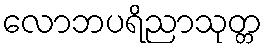
လောဘပရိညာသုတ္တ